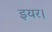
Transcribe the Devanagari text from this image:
इयर।